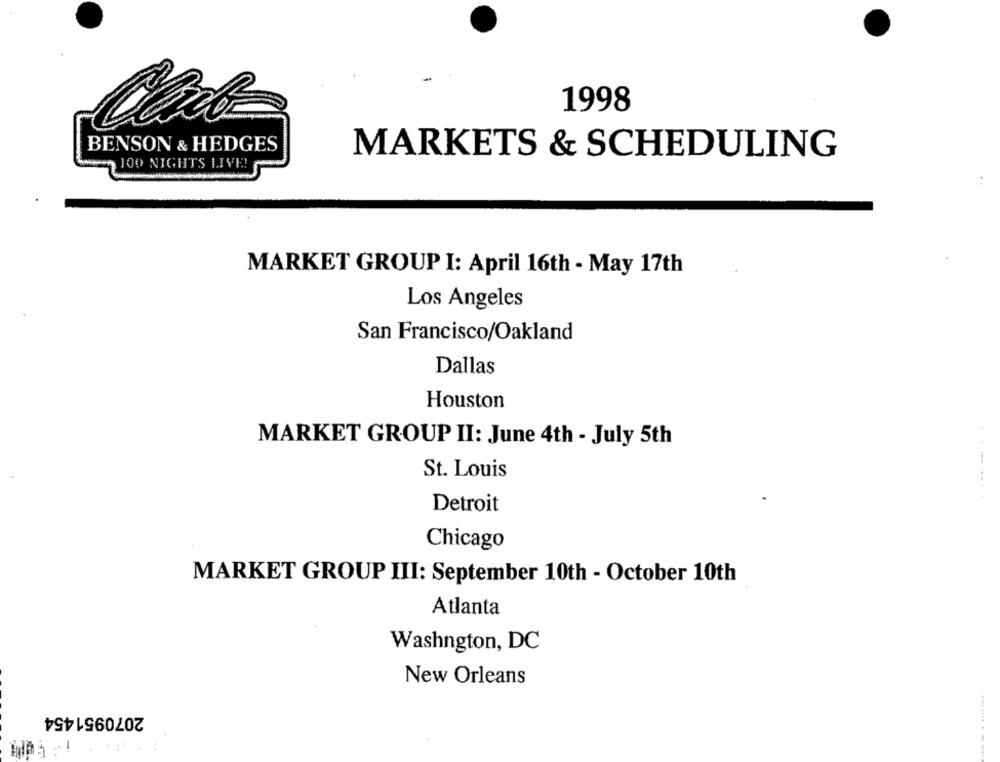
1998
BENSON & HEDGES
MARKETS & SCHEDULING
100 NIGHTS LIVE!
MARKET GROUP I: April 16th - May 17th
Los Angeles
San Francisco/Oakland
Dallas
Houston
MARKET GROUP II: June 4th - July 5th
St. Louis
Detroit
Chicago
MARKET GROUP III: September 10th - October 10th
Atlanta
Washngton, DC
New Orleans
2070951454
-------